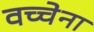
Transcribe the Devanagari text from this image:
वच्चेना